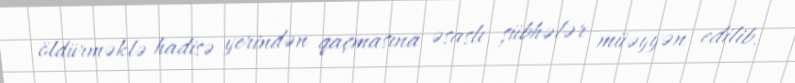
öldürməklə hadisə yerindən qaçmasına əsaslı şübhələr müəyyən edilib.